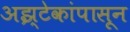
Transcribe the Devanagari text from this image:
अझ्टेकांपासून